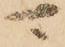
可